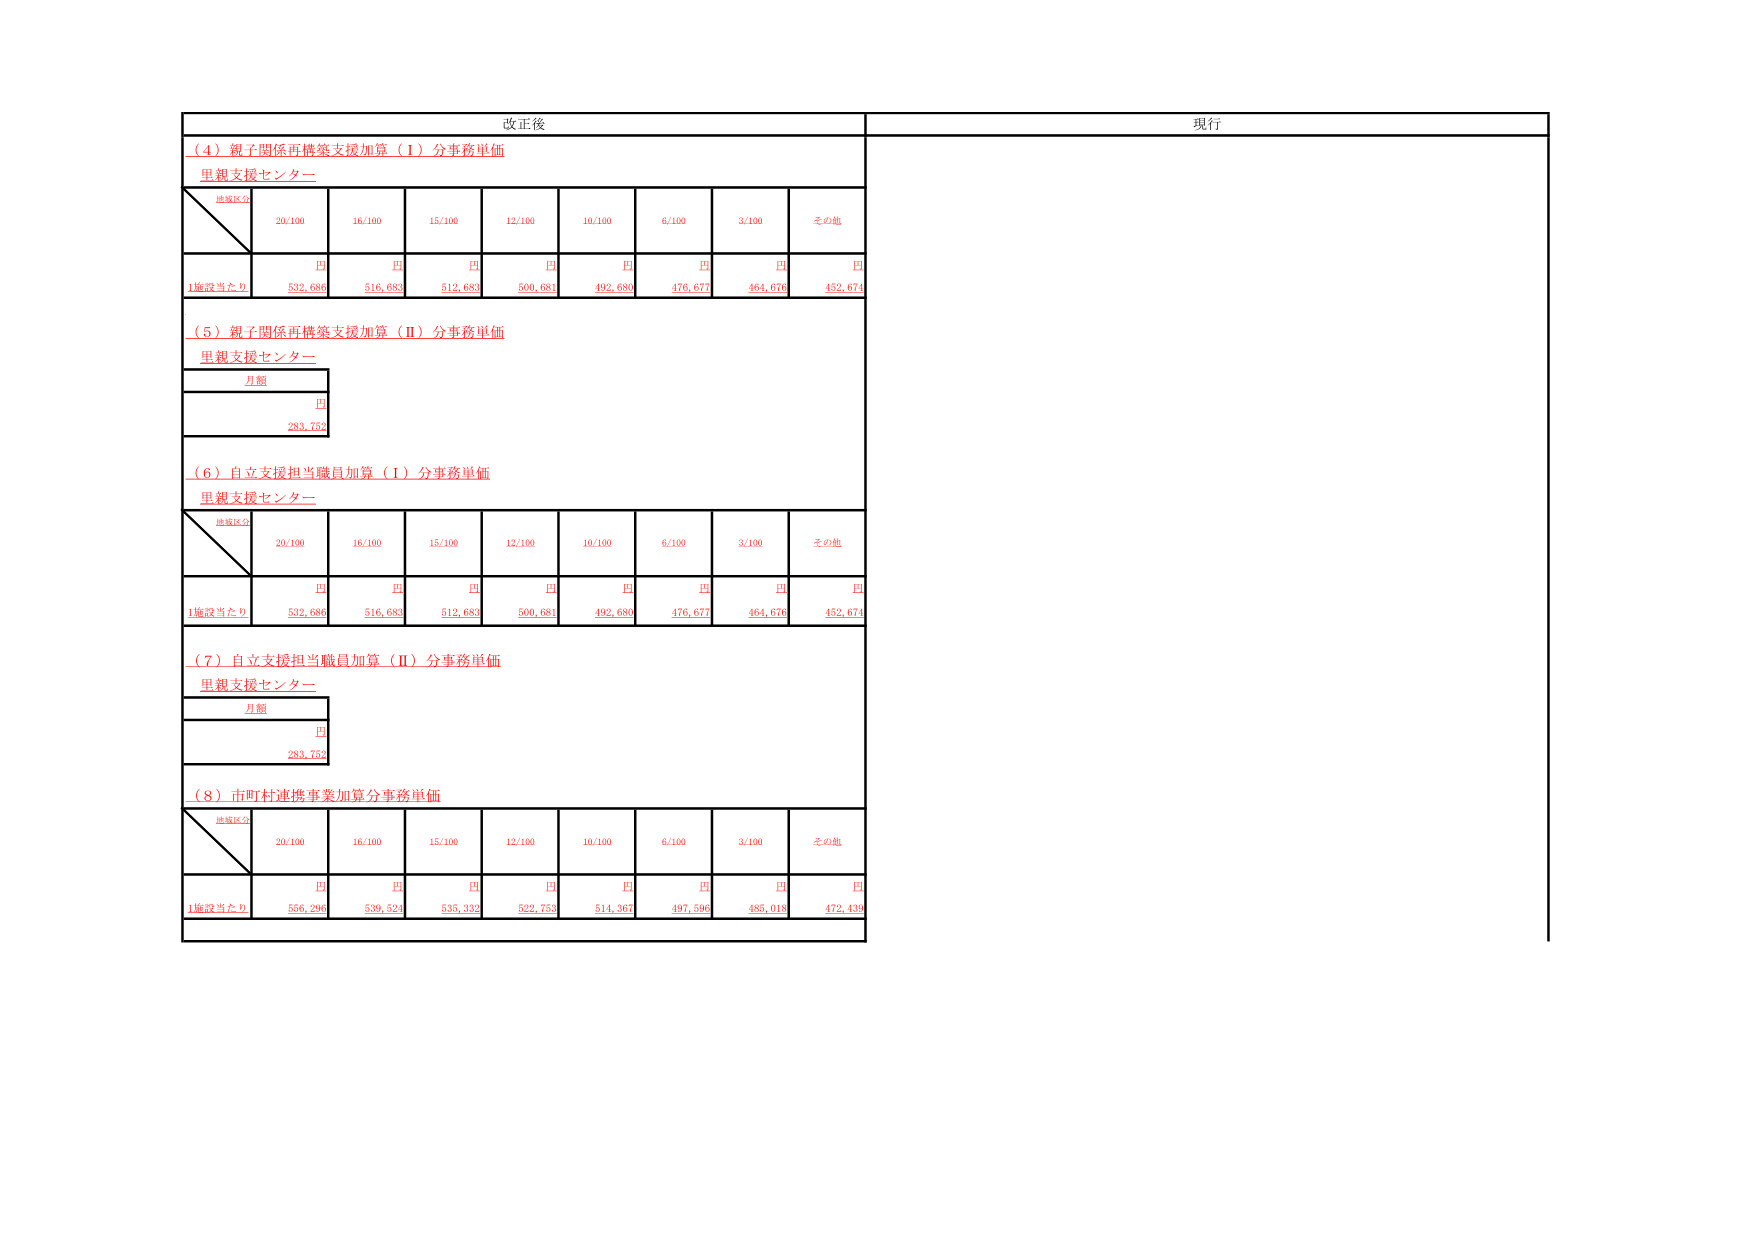
改正後
現行
（４）親子関係再構築支援加算（Ⅰ）分事務単価
里親支援センター
地域区分
20/100
16/100
15/100
12/100
10/100
6/100
3/100
その他
円
円
円
円
円
円
円
円
1施設当たり
532,686
516,683
512,683
500,681
492,680
476,677
464,676
452,674
（５）親子関係再構築支援加算（Ⅱ）分事務単価
里親支援センター
月額
円
283,752
（６）自立支援担当職員加算（Ⅰ）分事務単価
里親支援センター
地域区分
20/100
16/100
15/100
12/100
10/100
6/100
3/100
その他
円
円
円
円
円
円
円
円
1施設当たり
532,686
516,683
512,683
500,681
492,680
476,677
464,676
452,674
（７）自立支援担当職員加算（Ⅱ）分事務単価
里親支援センター
月額
円
283,752
（８）市町村連携事業加算分事務単価
地域区分
20/100
16/100
15/100
12/100
10/100
6/100
3/100
その他
円
円
円
円
円
円
円
円
1施設当たり
556,296
539,524
535,332
522,753
514,367
497,596
485,018
472,439